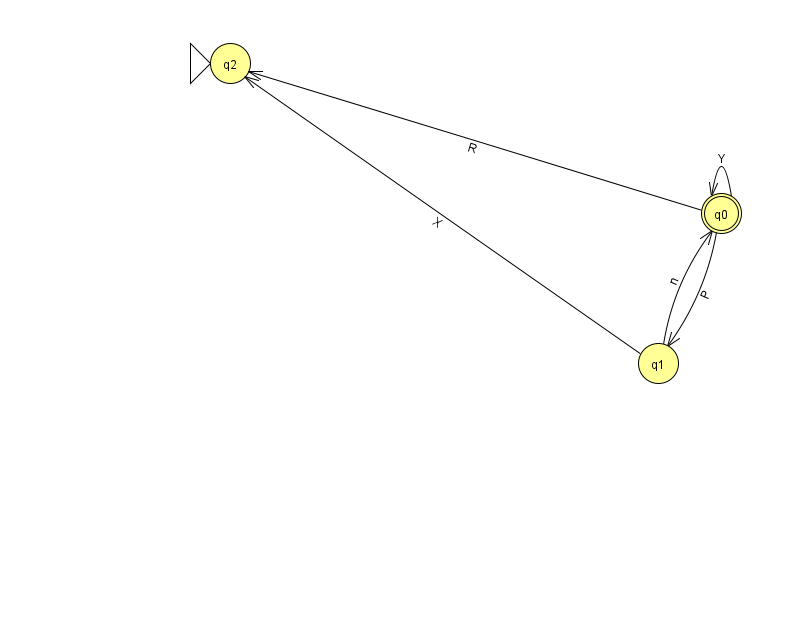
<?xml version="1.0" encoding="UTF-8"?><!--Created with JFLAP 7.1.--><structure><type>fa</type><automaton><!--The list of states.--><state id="0" name="q0"><x>721.0</x><y>200.0</y><final/></state><state id="1" name="q1"><x>658.0</x><y>350.0</y></state><state id="2" name="q2"><x>230.0</x><y>50.0</y><initial/></state><!--The list of transitions.--><transition><from>0</from><to>1</to><read>P</read></transition><transition><from>0</from><to>2</to><read>R</read></transition><transition><from>0</from><to>0</to><read>Y</read></transition><transition><from>1</from><to>0</to><read>n</read></transition><transition><from>1</from><to>2</to><read>X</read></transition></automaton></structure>